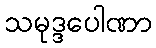
သမုဒ္ဒပေါဏာ